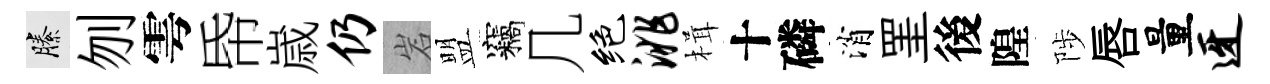
縢刎雩帋𡻕仍岩盟竊几绝洮楫十磷消罣後隍陟唇量迓